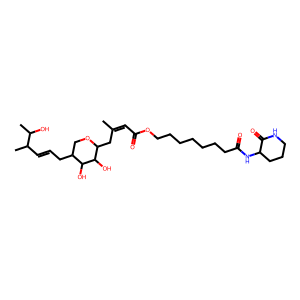
SMILES: CC(=CC(=O)OCCCCCCCC(=O)NC1CCCNC1=O)CC1OCC(CC=CC(C)C(C)O)C(O)C1O
Inhibits HIV replication: No